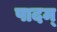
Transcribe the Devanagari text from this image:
पादम्